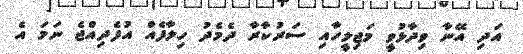
އަދި އޭނާ ވިދާޅުވީ މަޖިލީހާއި ސަރުކާރާ ދެމެދު ހިލާފެއް އުފެދިއްޖެ ނަމަ އެ